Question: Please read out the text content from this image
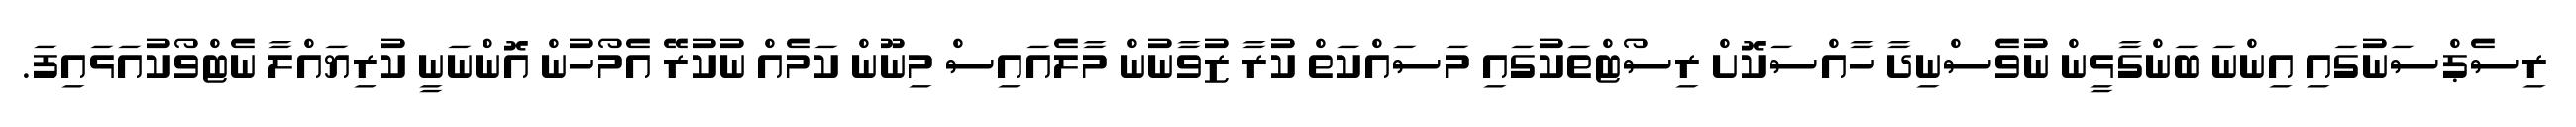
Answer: ރިސެޕްސަނުގައި އިންނަ ބަންގާޅީން ނުވެސްނިދާ ހާއްސަކޮށް ރިސޯޓްތަކުގައި މަސައްކަތް ކުރާ ޒުވާނުން މާލެއައިސް މިނޫން ކަމެއް ނުކުރޭ އެމޯހުން އޮންނަނީ ކުރިޔައްލާ ނެޓްވޯކުއަޅައިފަ.